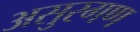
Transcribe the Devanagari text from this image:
असुरगण